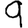
Digit: 9